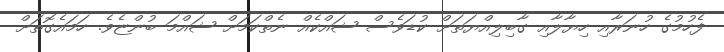
ފެހުމުގެ ހުނަރާއި ހިޔާލާއި ގާބިލިއްޔަަތަށް ކުޑަވެސް ޝައްކެއް ނެތްކަމަށް ޝައްމަ ބުންޏެވެ. ހަމައެގޮތަށް